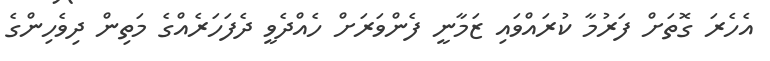
އެހެރަ ގޮތަށް ފަރުމާ ކުރައްވައި ޒަމާނީ ފެންވަރަށް ހެއްދެވީ ދެފަހަރެއްގެ މަތިން ދިވެހިންގެ